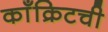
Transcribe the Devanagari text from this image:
काँक्रिटची